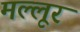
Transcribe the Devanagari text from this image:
मल्लूर